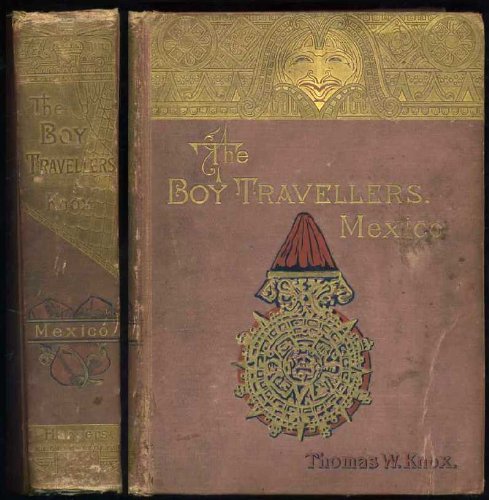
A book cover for Boy Travellers in Mexico. Adventures of Two Youths in a Journey to Northern and Central Mexico, Campeachey, and Yucatan, With a Description of the Republics of Central America and of the Nicaragua Canal; Thomas W. Know; Travel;